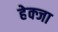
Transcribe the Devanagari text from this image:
हेक्जा